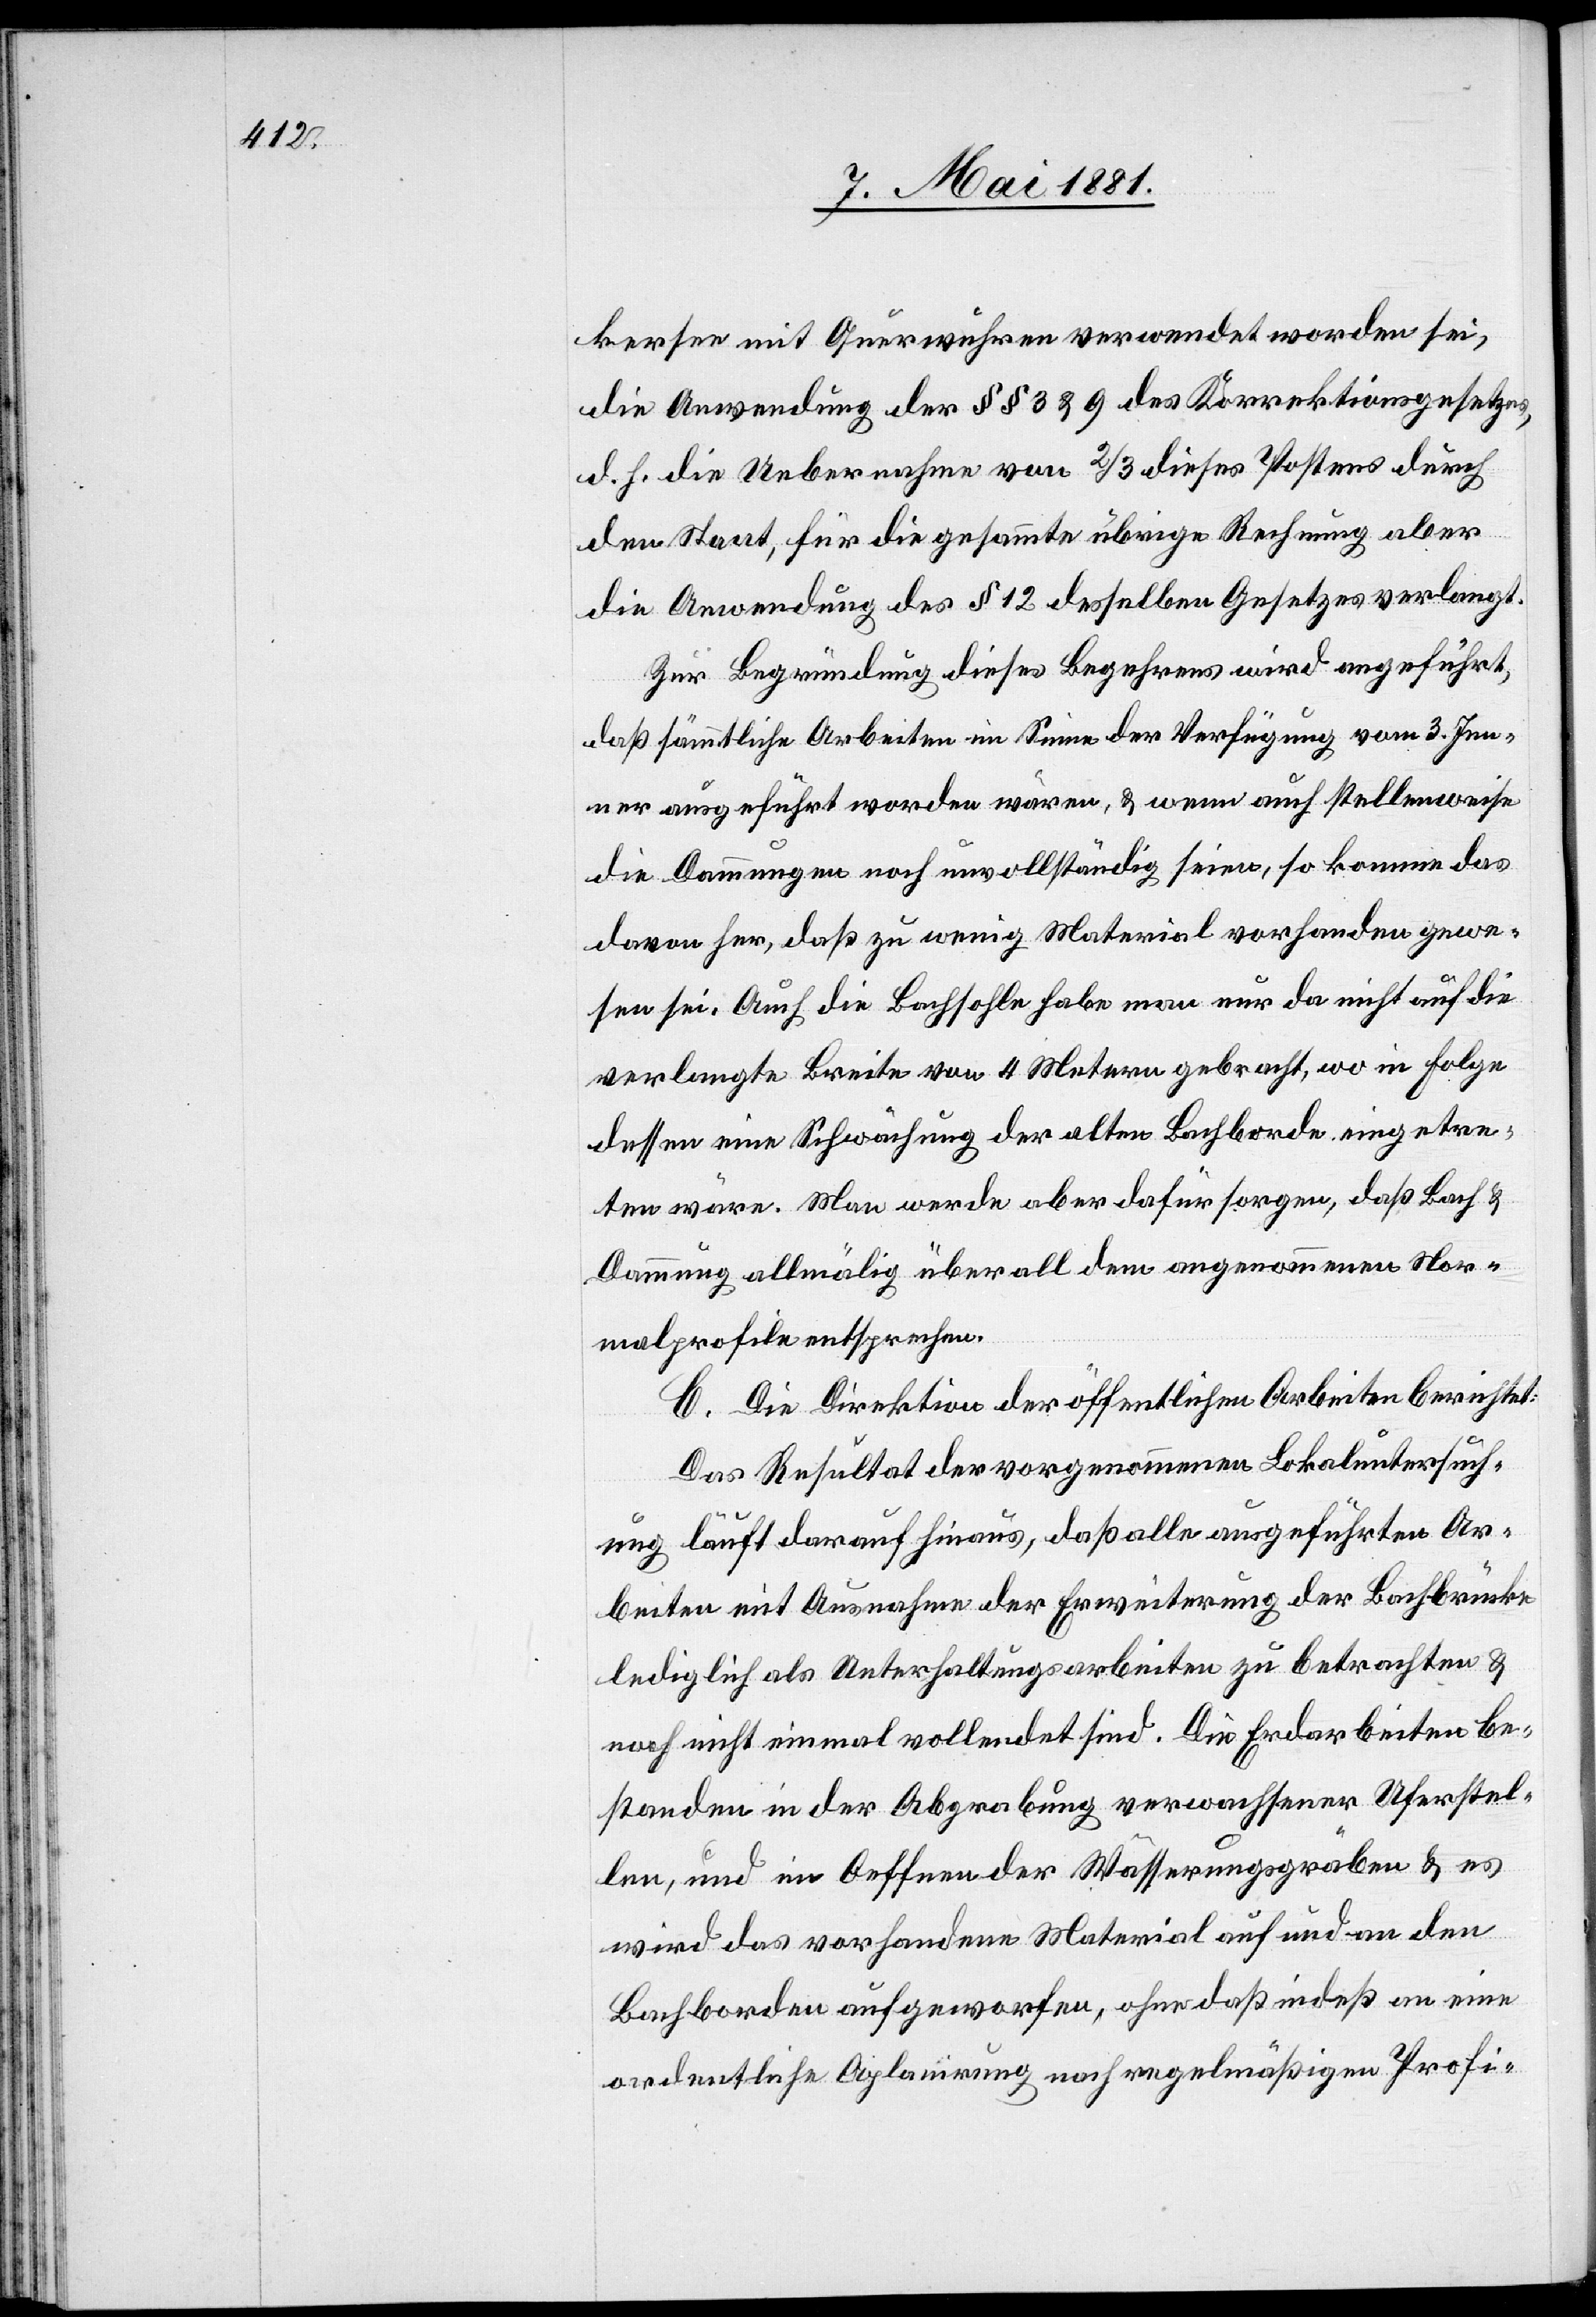
kersee mit Querwuhren verwendet worden sei,
die Anwendung der §§ 3 & 9 des Korrektionsgesetzes,
d. h. die Uebernahme von 2/3 dieses Postens durch
den Staat, für die gesammte übrige Rechnung aber
die Anwendung des § 12 desselben Gesetzes verlangt.
Zur Begründung dieses Begehrens wird angeführt,
daß sämtliche Arbeiten im Sinne der Verfügung vom 3. Jen¬
ner ausgeführt worden waren, & wenn auch stellenweise
die Dammungen noch unvollständig seien, so komme das
davon her, daß zu wenig Material vorhanden gewe¬
sen sei. Auch die Bachsohle habe man nur da nicht auf die
verlangte Breite von 4 Metern gebracht, wo in Folge
dessen eine Schwächung der alten Bachborde eingetre¬
ten wäre. Man werde aber dafür sorgen, das Bach &
Dammung allmälig überall dem angenommenen Nor¬
malprofile entsprechen.
C. Die Direktion der öffentlichen Arbeiten berichtet:
Das Resultat der vorgenommenen Lokaluntersuch¬
ung läuft darauf hinaus, daß alle ausgeführten Ar¬
beiten mit Ausnahme der Erweiterung der Bachbücke
lediglich als Unterhaltungsarbeiten zu betrachten &
noch nicht einmal vollendet sind. Die Erdarbeiten be¬
standen in der Abgrabung verwachsener Uferstel¬
len, und im Oeffnen der Wässerungsgräben & es
wird das vorhandene Material auf und an den
Bachborden aufgeworfen, ohne daß indeß an eine
ordentliche Aplanirung nach regelmäßigen Profi-